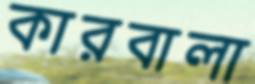
কারবালা